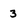
Character: 3